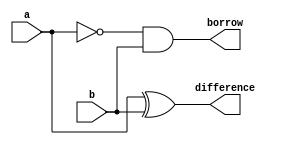
`timescale 1ns / 1ps

module half_subtractor(a,b,difference,borrow);
input a,b;
output difference,borrow;

assign difference = a^b;
assign borrow = ~a&b;

endmodule